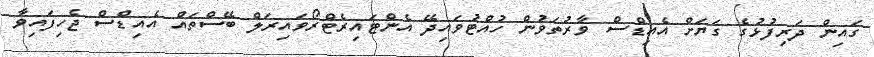
ގައިން ދަރިފުޅުގެ ގަޔަށް އެއިޑްސް ވާރުތަވުން ހުއްޓުވައިދޭ އެންޓައިރެޓްރޯވައިރަލް ބޭސްތައް އެއިޑްސް ޖެހިފައިވާ